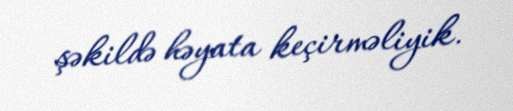
şəkildə həyata keçirməliyik.